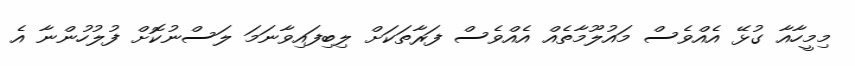
މިމީހާއާ ގުޅޭ އެއްވެސް މައުލޫމާތެއް އެއްވެސް ފަރާތަކަށް ލިބިފައިވާނަމަ ލަސްނުކޮށް ފުލުހުންނާ އެ